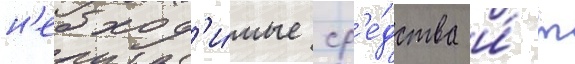
н'еобход'и́мые ср'е́дства и́ т